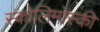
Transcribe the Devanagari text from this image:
स्कोलिमोस्की